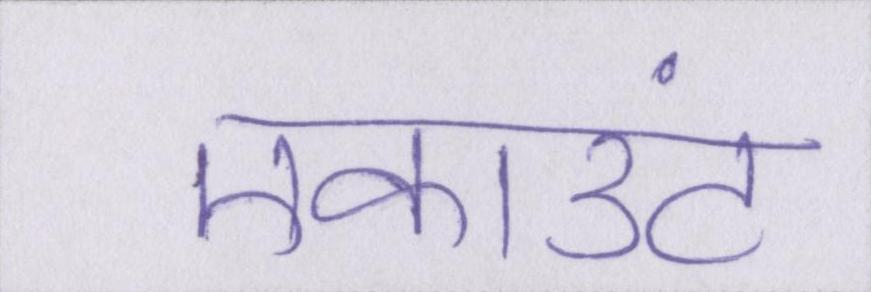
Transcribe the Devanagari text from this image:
एकाउंट